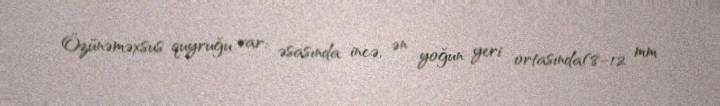
Özünəməxsus quyruğu var: əsasında incə, ən yoğun yeri ortasında(8–12 mm